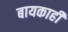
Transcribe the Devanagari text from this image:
बायकाही